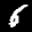
Label: 6